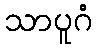
သာပူဂံ